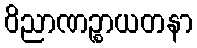
ဝိညာဏဉ္စာယတနာ